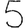
Digit: 5